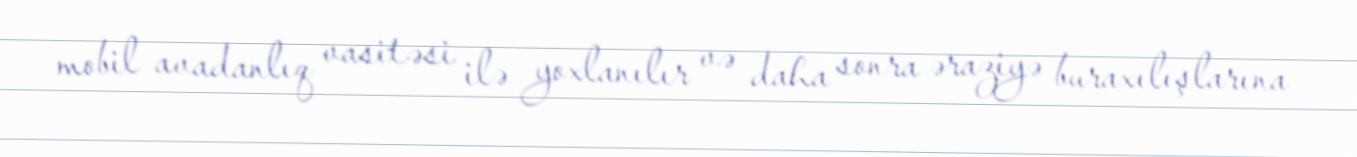
mobil avadanlıq vasitəsi ilə yoxlanılır və daha sonra əraziyə buraxılışlarına